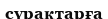
сүрақтарға